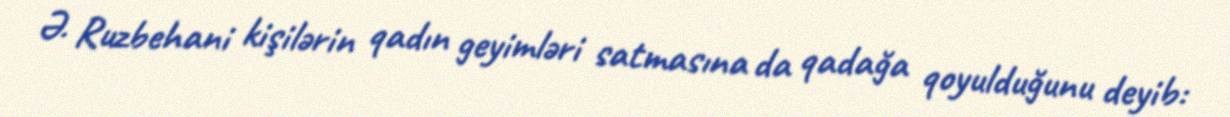
Ə. Ruzbehani kişilərin qadın geyimləri satmasına da qadağa qoyulduğunu deyib: